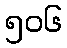
၅၀၆